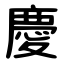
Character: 慶